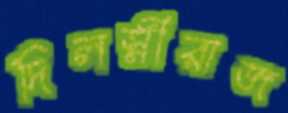
দিলস্নীরাজ